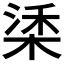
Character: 𣓮